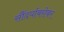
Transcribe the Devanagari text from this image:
सौंदर्याबरोबर